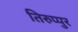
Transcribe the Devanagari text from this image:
तिरुप्पुर